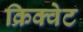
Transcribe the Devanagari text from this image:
क्रिक्वेट